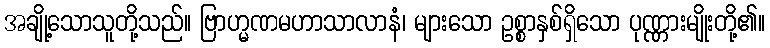
အချို့သောသူတို့သည်။ ဗြာဟ္မဏမဟာသာလာနံ၊ များသော ဥစ္စာနှစ်ရှိသော ပုဏ္ဏားမျိုးတို့၏။